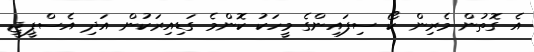
އެ ގޮތުން މެރިން ކޯ ސިފައިންގެ މީހަކު ކޮންމެ ގަޑިއިރަކުން އަދި އެސްޕީޖީ